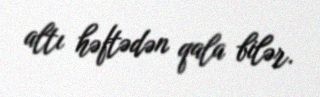
altı həftədən qala bilər.